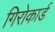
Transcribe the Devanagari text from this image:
गिरोकार्ड